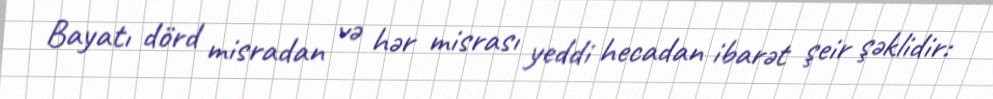
Bayatı dörd misradan və hər misrası yeddi hecadan ibarət şeir şəklidir: